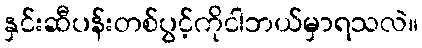
နှင်းဆီပန်းတစ်ပွင့်ကိုငါဘယ်မှာရသလဲ။